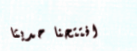
افتتحنا حديثاً